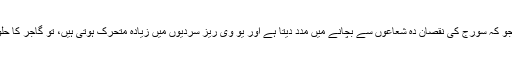
گاجر بیٹا کیروٹین سے بھرپور سبزی ہے جو کہ سورج کی نقصان دہ شعاعوں سے بچانے میں مدد دیتا ہے اور یو وی ریز سردیوں میں زیادہ متحرک ہوتی ہیں، تو گاجر کا حلوہ اس مسئلے سے بچانے میں مدد دیتا ہے۔